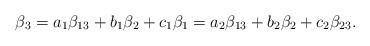
LaTeX: \begin{align*} \beta_3 = a_1 \beta_{13} + b_1 \beta_{2} + c_1 \beta_1 = a_2\beta_{13} + b_2 \beta_{2} + c_2 \beta_{23}. \end{align*}